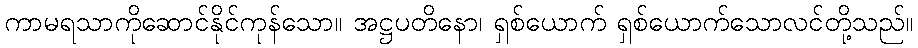
ကာမရသာကိုဆောင်နိုင်ကုန်သော။ အဋ္ဌပတိနော၊ ရှစ်ယောက် ရှစ်ယောက်သောလင်တို့သည်။